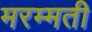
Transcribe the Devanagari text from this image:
मरम्‍मती